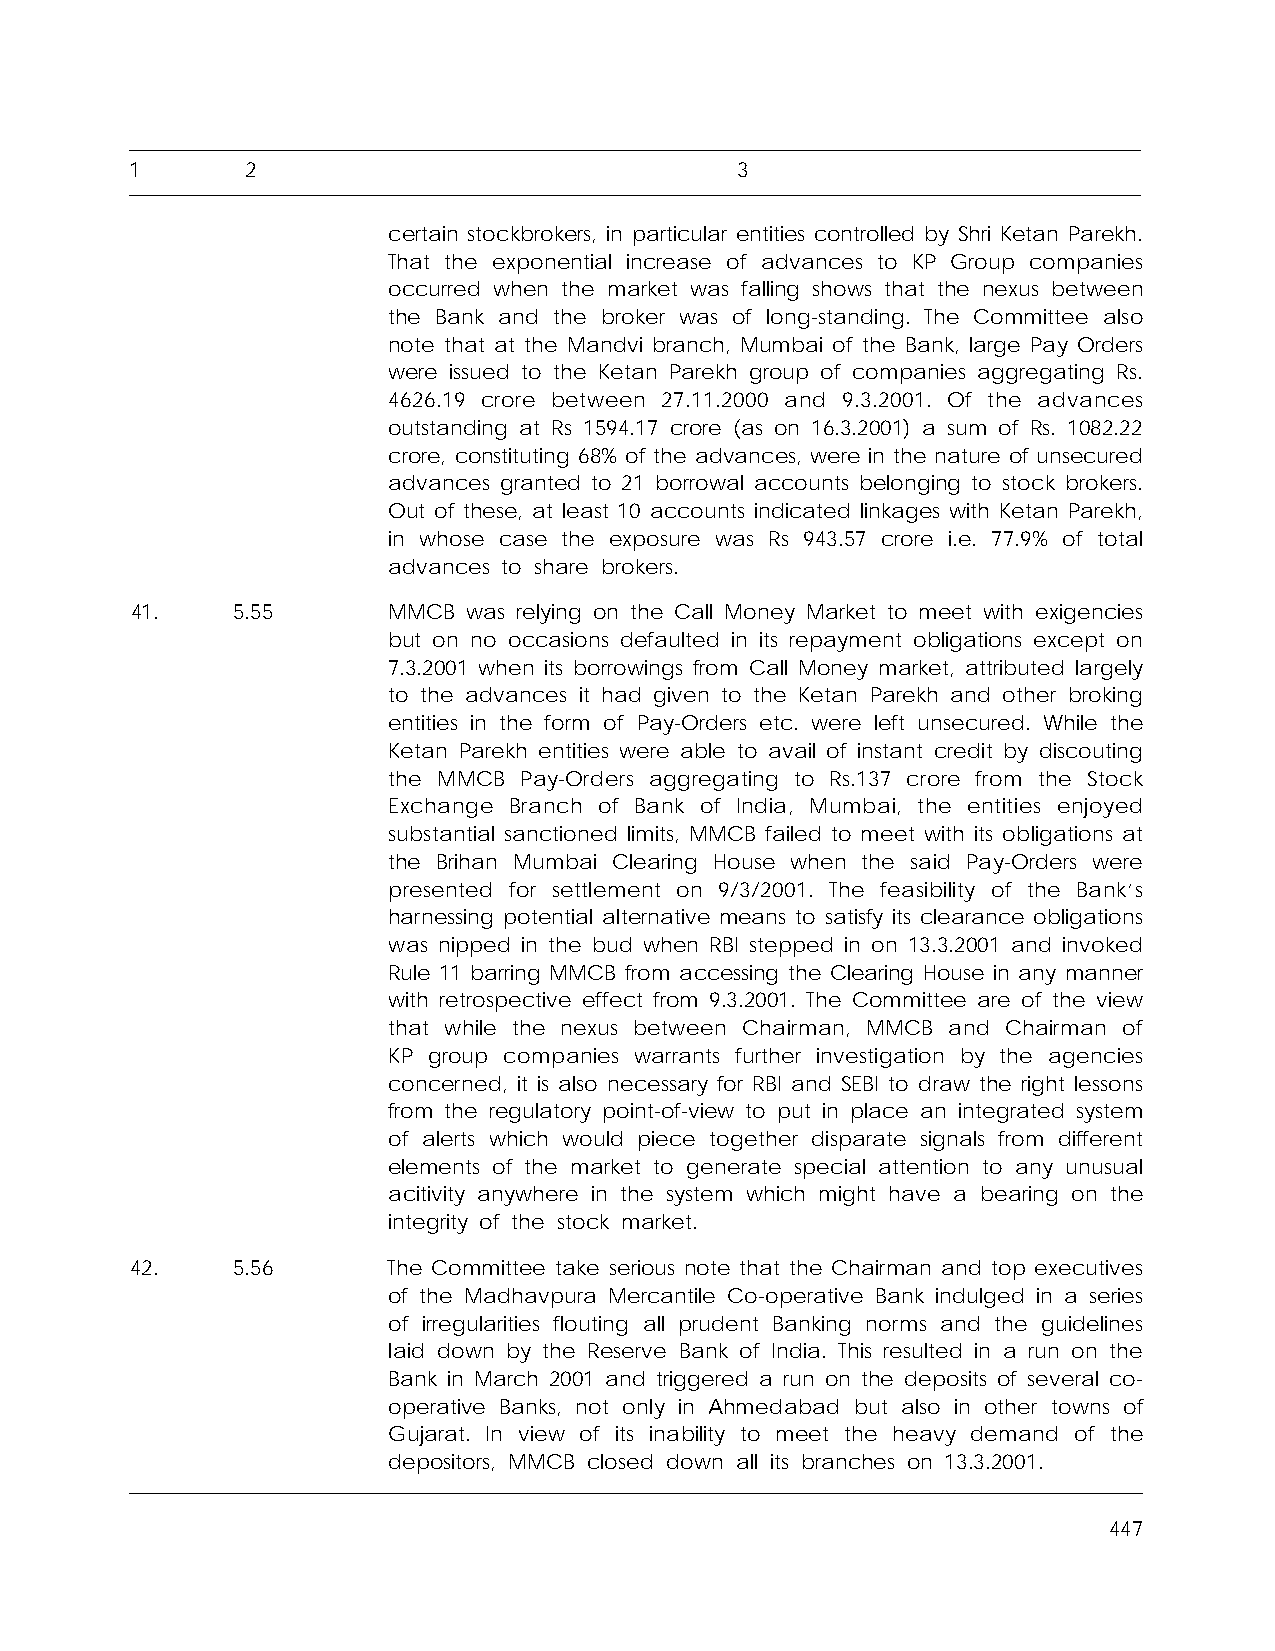
1      2                                3
 certain stockbrokers, in particular entities controlled by Shri Ketan Parekh.
 That the exponential increase of advances to KP Group companies
 occurred when the market was falling shows that the nexus between
 the Bank and the broker was of long-standing. The Committee also
 note that at the Mandvi branch, Mumbai of the Bank, large Pay Orders
 were issued to the Ketan Parekh group of companies aggregating Rs.
 4626.19 crore between 27.11.2000 and 9.3.2001. Of the advances
 outstanding at Rs 1594.17 crore (as on 16.3.2001) a sum of Rs. 1082.22
 crore, constituting 68% of the advances, were in the nature of unsecured
 advances granted to 21 borrowal accounts belonging to stock brokers.
 Out of these, at least 10 accounts indicated linkages with Ketan Parekh,
 in whose case the exposure was Rs 943.57 crore i.e. 77.9% of total
 advances to share brokers.
 41.   5.55       MMCB was relying on the Call Money Market to meet with exigencies
 but on no occasions defaulted in its repayment obligations except on
 7.3.2001 when its borrowings from Call Money market, attributed largely
 to the advances it had given to the Ketan Parekh and other broking
 entities in the form of Pay-Orders etc. were left unsecured. While the
 Ketan Parekh entities were able to avail of instant credit by discouting
 the MMCB Pay-Orders aggregating to Rs.137 crore from the Stock
 Exchange Branch of Bank of India, Mumbai, the entities enjoyed
 substantial sanctioned limits, MMCB failed to meet with its obligations at
 the Brihan Mumbai Clearing House when the said Pay-Orders were
 presented for settlement on 9/3/2001. The feasibility of the Bank’s
 harnessing potential alternative means to satisfy its clearance obligations
 was nipped in the bud when RBI stepped in on 13.3.2001 and invoked
 Rule 11 barring MMCB from accessing the Clearing House in any manner
 with retrospective effect from 9.3.2001. The Committee are of the view
 that while the nexus between Chairman, MMCB and Chairman of
 KP group companies warrants further investigation by the agencies
 concerned, it is also necessary for RBI and SEBI to draw the right lessons
 from the regulatory point-of-view to put in place an integrated system
 of alerts which would piece together disparate signals from different
 elements of the market to generate special attention to any unusual
 acitivity anywhere in the system which might have a bearing on the
 integrity of the stock market.
 42.   5.56       The Committee take serious note that the Chairman and top executives
 of the Madhavpura Mercantile Co-operative Bank indulged in a series
 of irregularities flouting all prudent Banking norms and the guidelines
 laid down by the Reserve Bank of India. This resulted in a run on the
 Bank in March 2001 and triggered a run on the deposits of several co-
 operative Banks, not only in Ahmedabad but also in other towns of
 Gujarat. In view of its inability to meet the heavy demand of the
 depositors, MMCB closed down all its branches on 13.3.2001.
 447